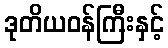
ဒုတိယဝန်ကြီးနှင့်